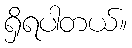
ရှိရပါတယ်။